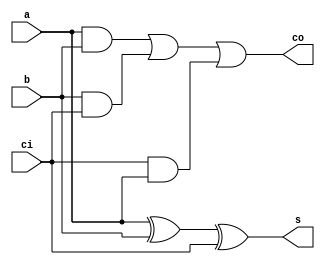
/************************************************
  The Verilog HDL code example is from the book
  Computer Principles and Design in Verilog HDL
  by Yamin Li, published by A JOHN WILEY & SONS
************************************************/
module fa_structural (a,b,ci,s,co);          // full adder, structural style
    input  a, b, ci;                         // inputs:  a, b, carry_in
    output s, co;                            // outputs: sum, carry_out
    wire   ab, bc, ca;                       // wires, outputs of and gates
    xor i1 (s,  a,  b,  ci);                 // xor (out, in1, in2, in3);
    and i2 (ab, a,  b);                      // and (out, in1, in2);
    and i3 (bc, b,  ci);                     // and (out, in1, in2);
    and i4 (ca, ci, a);                      // and (out, in1, in2);
    or  i5 (co, ab, bc, ca);                 // or  (out, in1, in2, in3);
endmodule